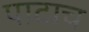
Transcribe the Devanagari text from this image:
पाटाच